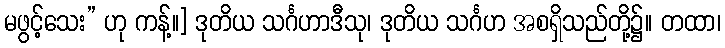
မဖွင့်သေး” ဟု ကန့်။] ဒုတိယ သင်္ဂဟာဒီသု၊ ဒုတိယ သင်္ဂဟ အစရှိသည်တို့၌။ တထာ၊